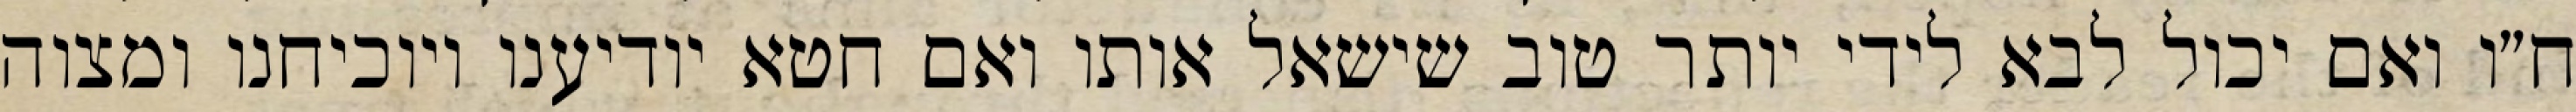
ח״ו ואם יכול לבא לידי יותר טוב שישאל אותו ואם חטא יודיענו ויוכיחנו ומצוה